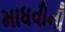
માધવીની